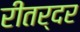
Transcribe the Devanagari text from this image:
रीतर्दर